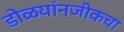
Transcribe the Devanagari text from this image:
डोळयांनजीकचा